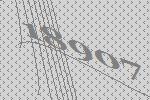
18907